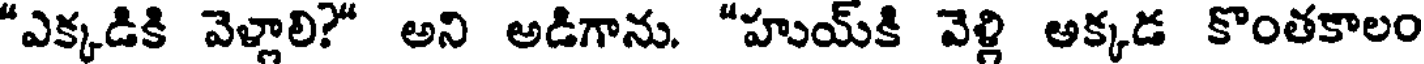
"ఎక్కడికి వెళ్లాలి?" అని అడిగాను. "హుయ్కి వెళ్లి అక్కడ కొంతకాలం